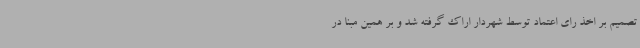
تصمیم بر اخذ رای اعتماد توسط شهردار اراک گرفته شد و بر همین مبنا در